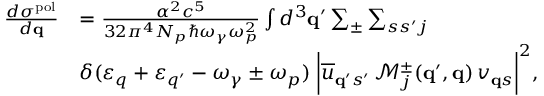
\begin{array} { r l } { \frac { d \sigma ^ { \mathrm { p o l } } } { d { \bf q } } } & { = \frac { \alpha ^ { 2 } c ^ { 5 } } { 3 2 \pi ^ { 4 } N _ { p } \hbar \omega _ { \gamma } \omega _ { p } ^ { 2 } } \int d ^ { 3 } { \bf q } ^ { \prime } \sum _ { \pm } \sum _ { s s ^ { \prime } j } } \\ & { \delta ( \varepsilon _ { q } + \varepsilon _ { q ^ { \prime } } - \omega _ { \gamma } \pm \omega _ { p } ) \; \bigg | \overline { { u } } _ { { \bf q } ^ { \prime } s ^ { \prime } } \, \mathcal { M } _ { j } ^ { \pm } ( { \bf q } ^ { \prime } , { \bf q } ) \, v _ { { \bf q } s } \bigg | ^ { 2 } , } \end{array}